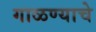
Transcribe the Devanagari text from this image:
गाळण्याचे